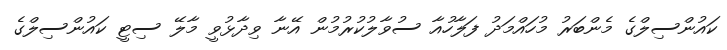
ކައުންސިލްގެ މެންބަރު މުހައްމަދު ފަލާހުއާ ސުވާލުކުރުމުން އޭނާ ވިދާޅުވީ މާލޭ ސިޓީ ކައުންސިލްގެ